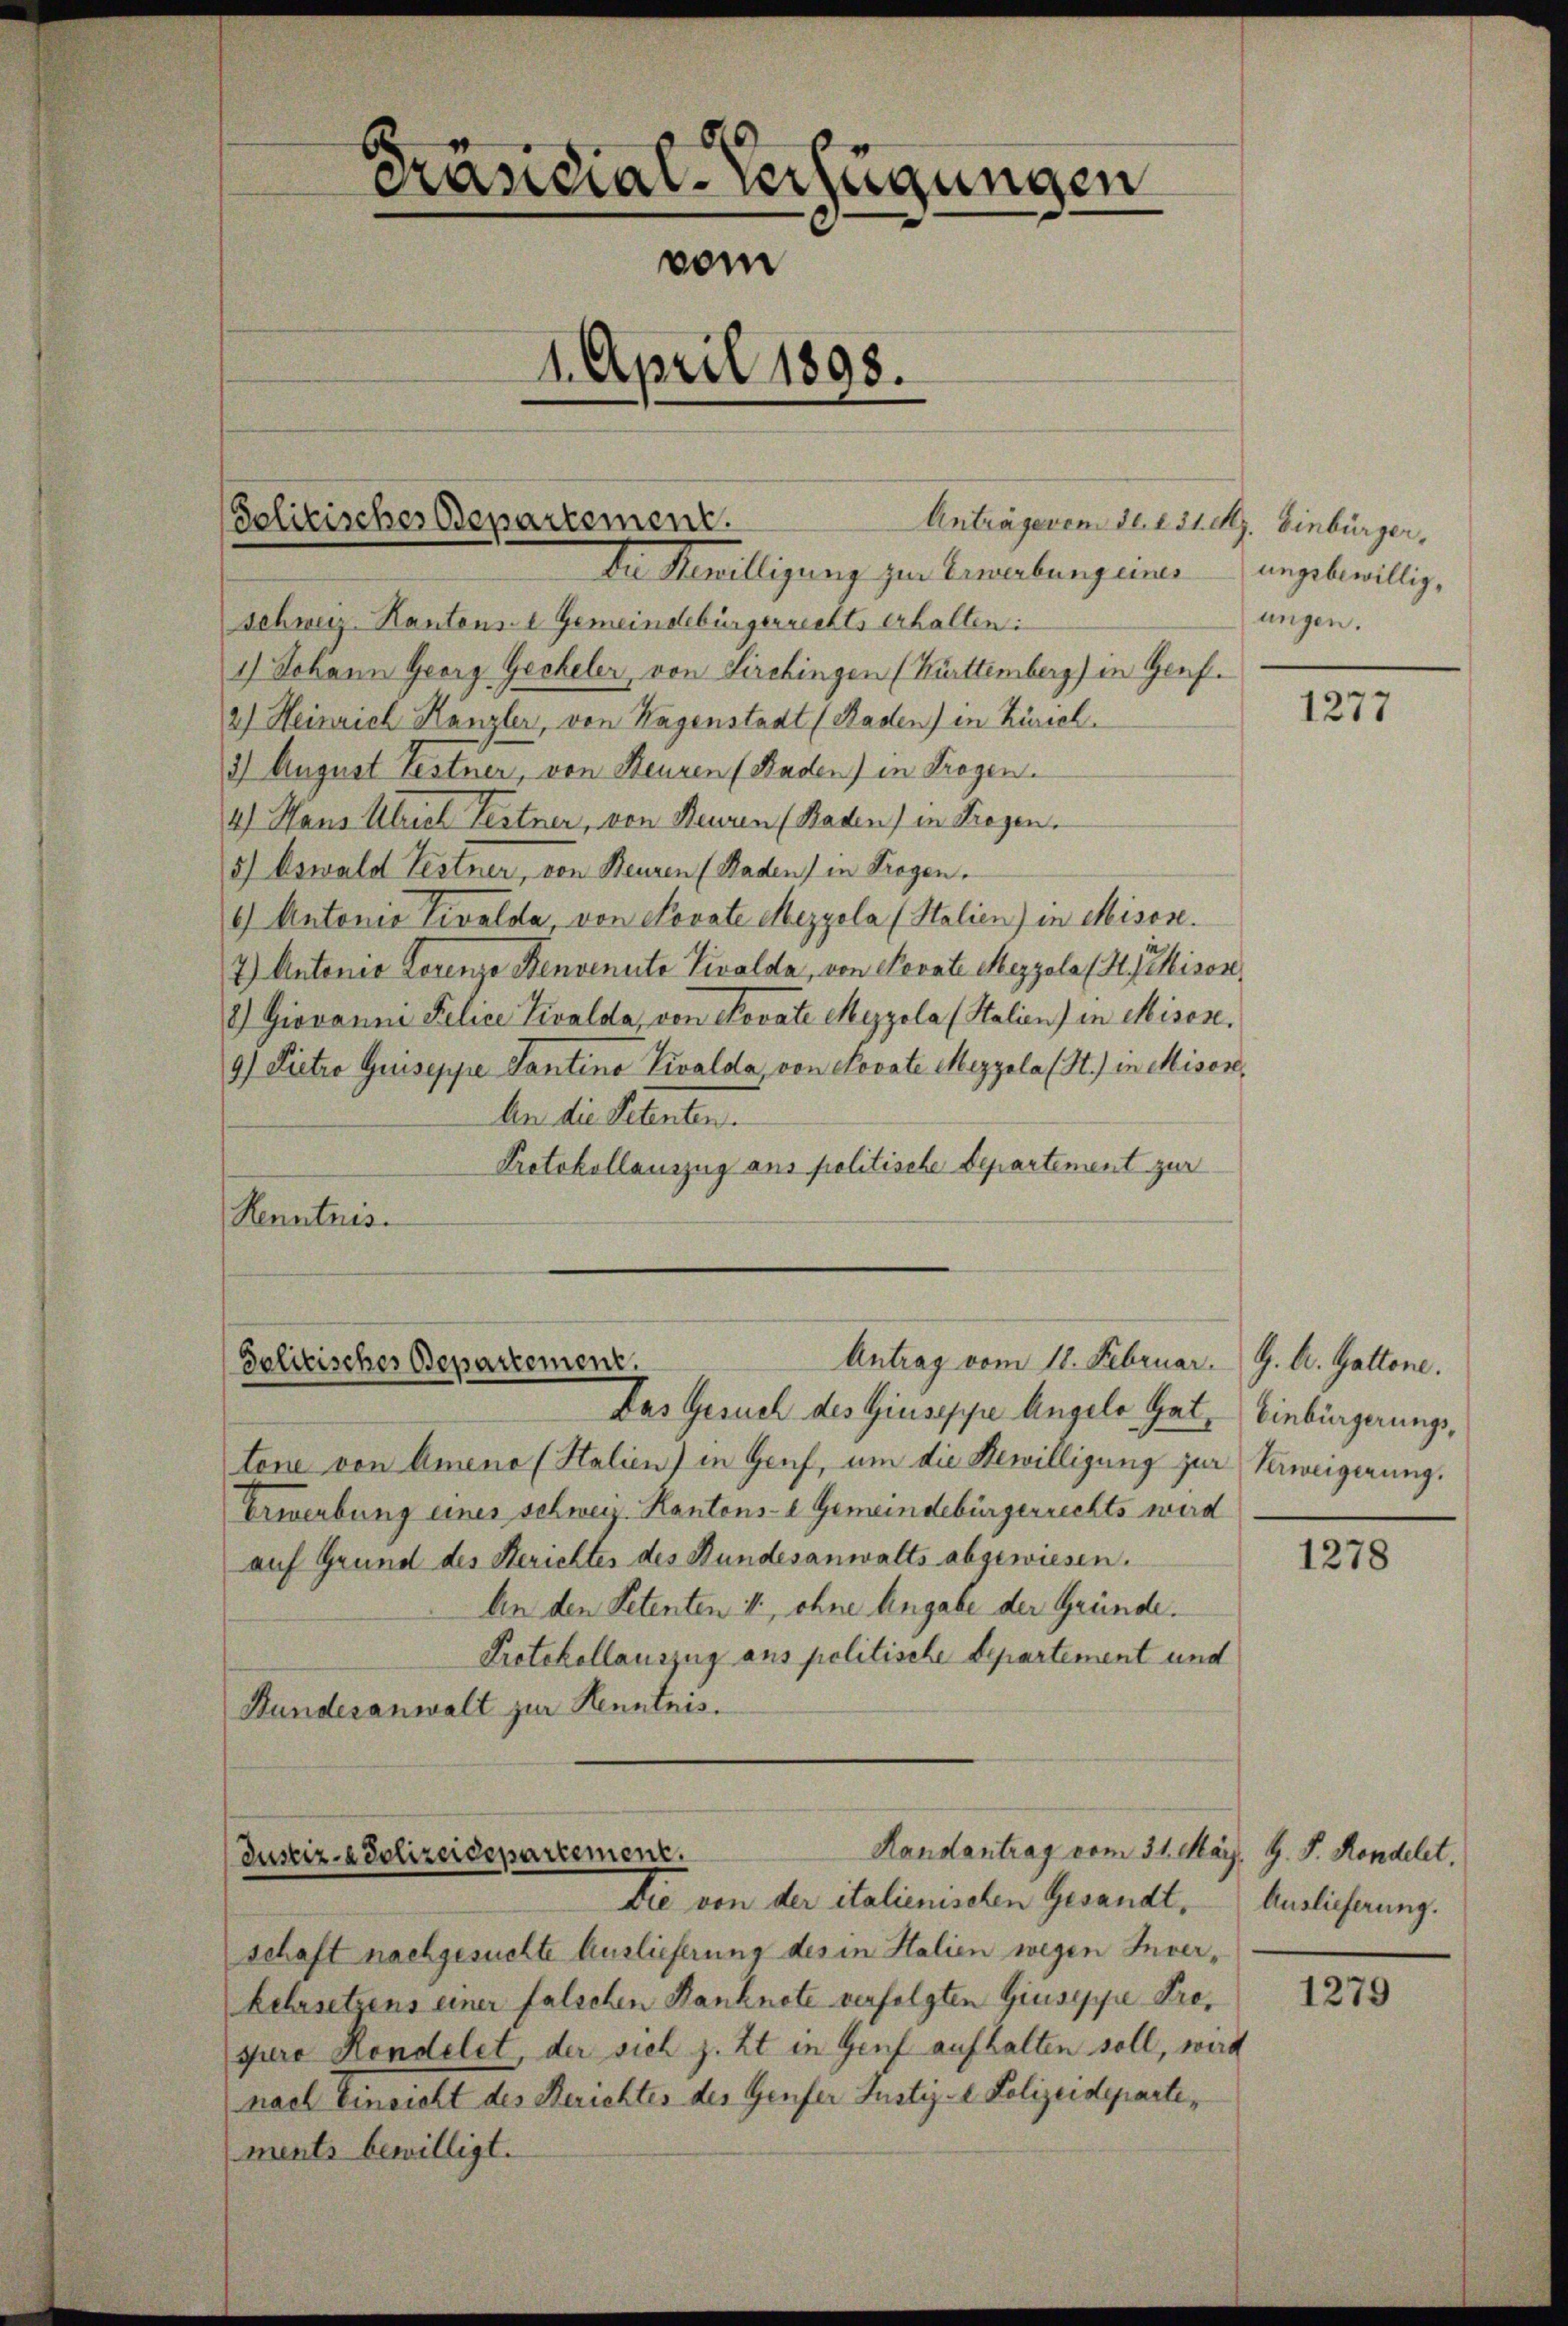
b
crandial-Verfügungen
vom
1. April 1898.

Solitisches Departement.

Anträgeren der Essetz. Einbürger,
In Bewilligung zur Erwerbung eines ungsbewillig,
schweiz. Kantons Gemeindebürgerrechts erhalten:
1) Johann Georg Gecheler, von Kirchingen (Kürttemberg) in Genf.
2) Heinrich Hanzler, von Hagenstadt (Raden) in Zürich.
3) August Testner, von Heuren (Raden) in Tragen.
4) Haus Ulrich Festner, von Neuren (Baden) in Tragen.
5) Oswald Festner, von Beuren (Raden) in Trogen.
.) Antonia Liwalda, von Novate Mezgola (Stalien) in Misose.
7.) Antonio Lorenze Benvenuta Vivalda, von Nevate Mezzola (H. Misor
2) Giovanni Police Zivalda, von Kovate Meyzola (Stalien) in Misose.
9) Dietro Guiseppe Contino Vivalda, von Novate Mezzola (St.) in Miser,
den die Petenten.
Protokollauszug aus politische Departement zur
Kenntnis.

Antrag vom 18. Februar.
Solitisches Departement.

Handantrag vom 31. März, G. P. Kondelet,
Justiz- & Polizeidepartement.
Die von der italienischen Gesandt, Auslieferung.

ungen.

Das Gesuch des Giuseppe Angelo hat, Einbürgerungstone von Ameno (Stalien) in Genf, um die Bewilligung zur Verweigerung.
Erwerbung eines schweiz. Kantons- & Gemeindebürgerrechts wird
auf Grund des Berichtes des Bundesanwalts abgewiesen.
An den Petenten , ohne Angabe der Gründe.
Protokollauszug aus politische Departement und
Bundesanwalt zur Kenntnis.

schaft nachgesuchte Auslieferung des in Halien wegen Inver¬
Lehrsetzens einer falschen Banknote verfolgten Giuseppe Drojure Kondelet, der sich z. Zt. in Genf aufhalten soll, wird
nach Einsicht des Berichtes des Genfer Justiz - Polizeidepartiments bewilligt.

1277

G. A. Gattene.

1278

1279